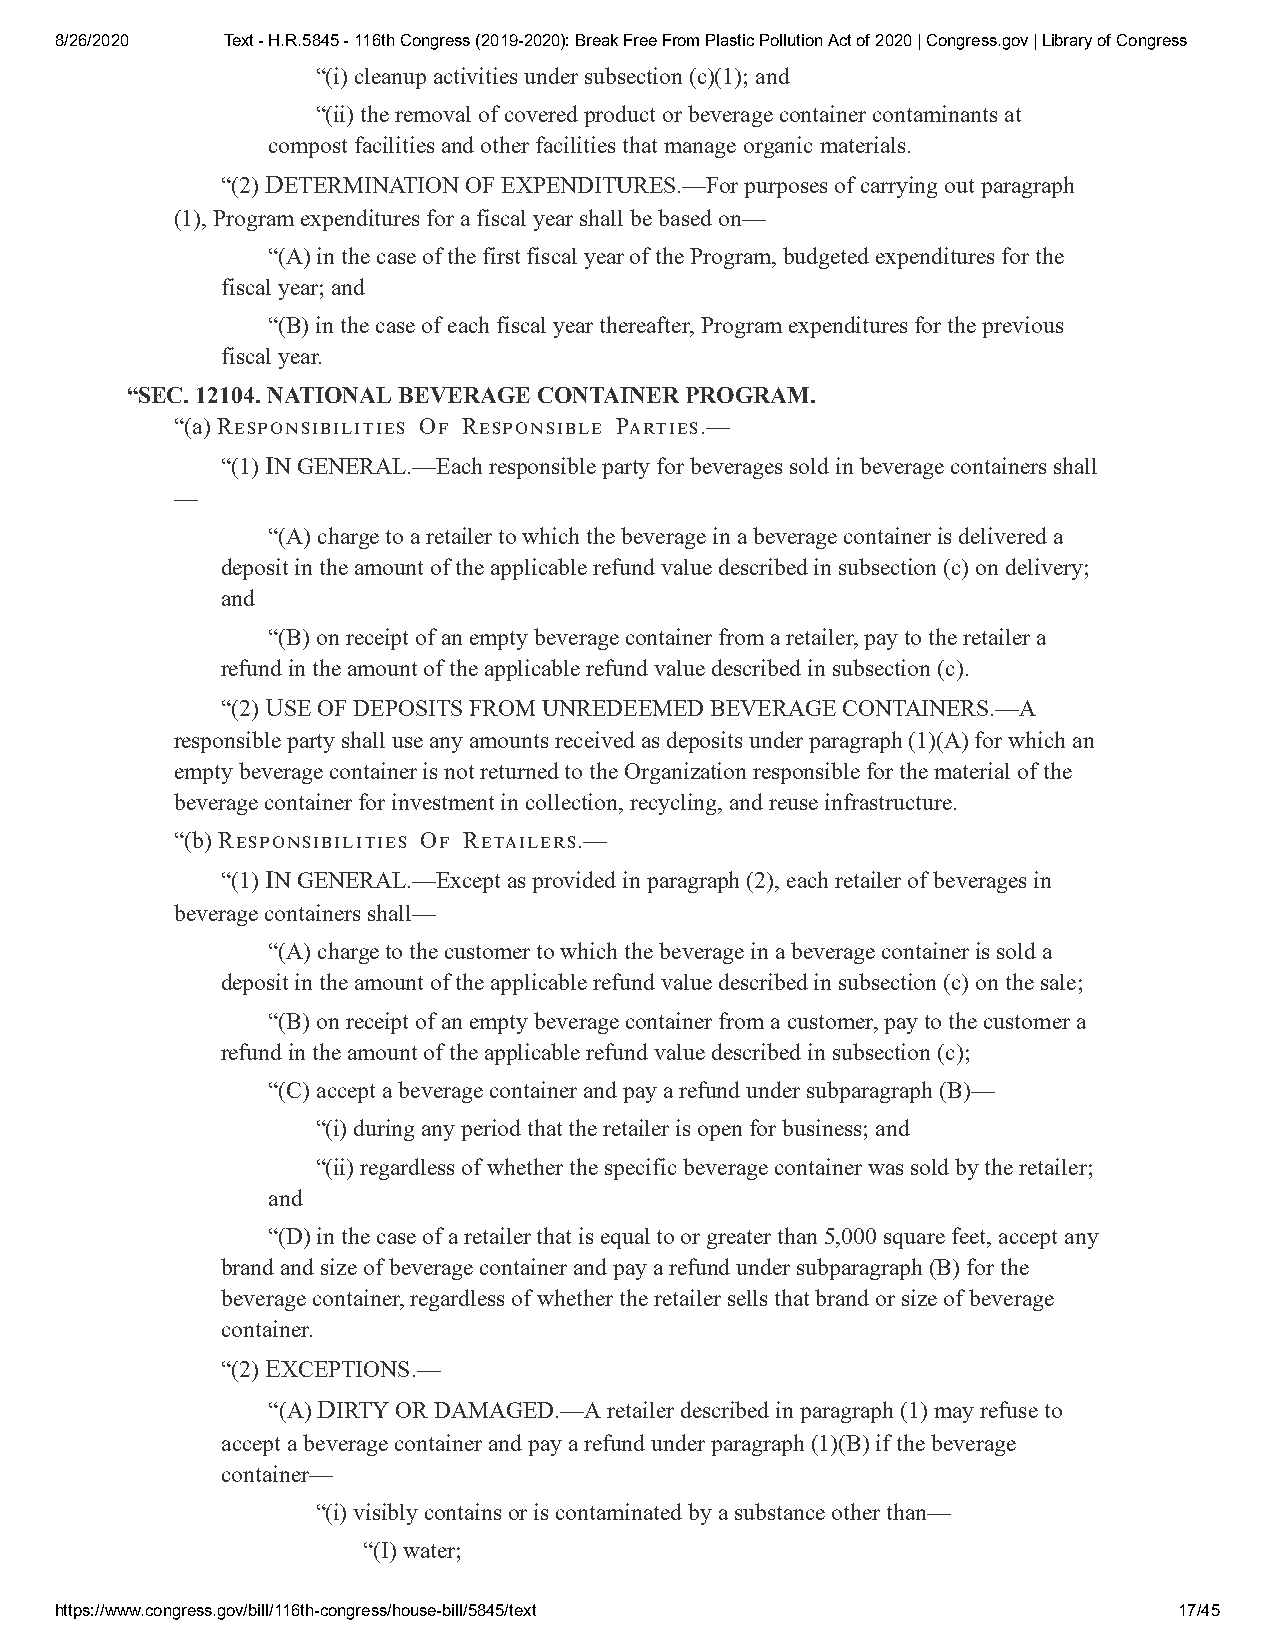
8/26/2020  Text - H.R.5845 - 116th Congress (2019-2020): Break Free From Plastic Pollution Act of 2020 | Congress.gov | Library of Congress
 “(i) cleanup activities under subsection (c)(1); and
 “(ii) the removal of covered product or beverage container contaminants at
 compost facilities and other facilities that manage organic materials.
 “(2) DETERMINATION OF EXPENDITURES.—For purposes of carrying out paragraph
 (1), Program expenditures for a fiscal year shall be based on—
 “(A) in the case of the first fiscal year of the Program, budgeted expenditures for the
 fiscal year; and
 “(B) in the case of each fiscal year thereafter, Program expenditures for the previous
 fiscal year.
 “SEC. 12104. NATIONAL BEVERAGE CONTAINER PROGRAM.
 “(a) R O R P.—
 “(1) IN GENERAL.—Each responsible party for beverages sold in beverage containers shall
 —
 “(A) charge to a retailer to which the beverage in a beverage container is delivered a
 deposit in the amount of the applicable refund value described in subsection (c) on delivery;
 and
 “(B) on receipt of an empty beverage container from a retailer, pay to the retailer a
 refund in the amount of the applicable refund value described in subsection (c).
 “(2) USE OF DEPOSITS FROM UNREDEEMED BEVERAGE CONTAINERS.—A
 responsible party shall use any amounts received as deposits under paragraph (1)(A) for which an
 empty beverage container is not returned to the Organization responsible for the material of the
 beverage container for investment in collection, recycling, and reuse infrastructure.
 “(b) R O R.—
 “(1) IN GENERAL.—Except as provided in paragraph (2), each retailer of beverages in
 beverage containers shall—
 “(A) charge to the customer to which the beverage in a beverage container is sold a
 deposit in the amount of the applicable refund value described in subsection (c) on the sale;
 “(B) on receipt of an empty beverage container from a customer, pay to the customer a
 refund in the amount of the applicable refund value described in subsection (c);
 “(C) accept a beverage container and pay a refund under subparagraph (B)—
 “(i) during any period that the retailer is open for business; and
 “(ii) regardless of whether the specific beverage container was sold by the retailer;
 and
 “(D) in the case of a retailer that is equal to or greater than 5,000 square feet, accept any
 brand and size of beverage container and pay a refund under subparagraph (B) for the
 beverage container, regardless of whether the retailer sells that brand or size of beverage
 container.
 “(2) EXCEPTIONS.—
 “(A) DIRTY OR DAMAGED.—A retailer described in paragraph (1) may refuse to
 accept a beverage container and pay a refund under paragraph (1)(B) if the beverage
 container—
 “(i) visibly contains or is contaminated by a substance other than—
 “(I) water;
 https://www.congress.gov/bill/116th-congress/house-bill/5845/text         17/45